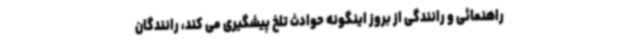
راهنمائی و رانندگی از بروز اینگونه حوادث تلخ پیشگیری می کند، رانندگان